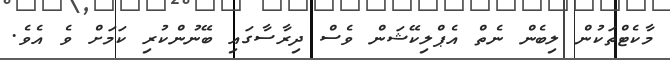
މާކެޓްތަކުން ލިބެން ނެތް އެޕްލިކޭޝަން ވެސް ދިރާސާގައި ބޭނުންކުރި ކަމަށް ވެ އެވެ.